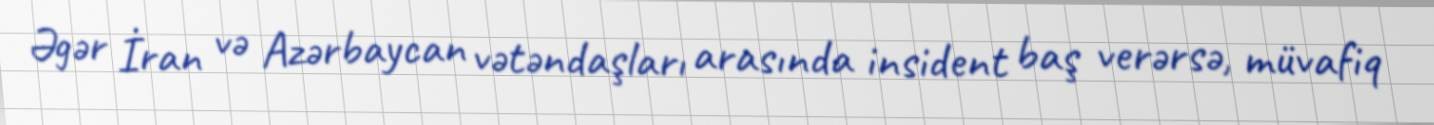
Əgər İran və Azərbaycan vətəndaşları arasında insident baş verərsə, müvafiq